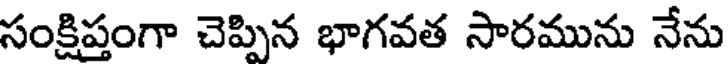
సంక్షిప్తంగా చెప్పిన భాగవత సారమును నేను